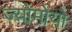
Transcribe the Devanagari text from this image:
ज्योमोयो